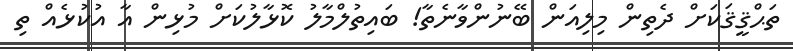
ތަޙްޤީޤަކަށް ދެތިން މިލިއަން ބޭނުންވާނެތާ! ބައިތުލްމާލު ކޮޅާލުކަށް މުޅިން އާ އުކުޅެއް ތި